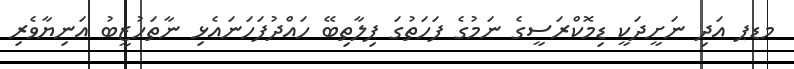
މޑޕ އަދި ނަށީދަކީ ޑިމޮކްރަސީގެ ނަމުގެ ފަހަތުގަ ފިލާތިބޭ ހައްދުފަހަނައެޅި ނާތަހުޒީބު އަނިޔާވެރި